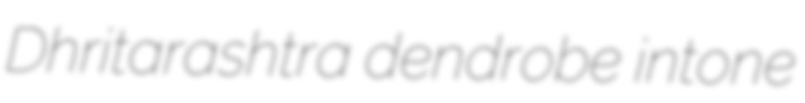
Dhritarashtra dendrobe intone